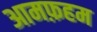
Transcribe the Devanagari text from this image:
आमफ़हम